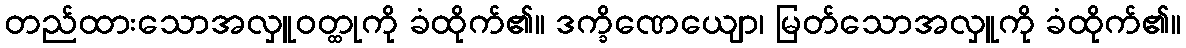
တည်ထားသောအလှူဝတ္ထုကို ခံထိုက်၏။ ဒက္ခိဏေယျော၊ မြတ်သောအလှူကို ခံထိုက်၏။